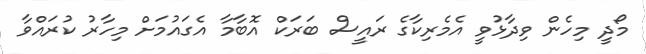
މޯދީ މިހެން ވިދާޅުވީ އެމެރިކާގެ ރައީސް ބަރަކް އޮބާމާ އެގައުމަށް މިހާރު ކުރައްވާ